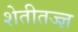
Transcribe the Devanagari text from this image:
शेतीतज्‍ज्ञ